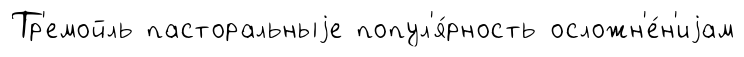
Тр'емойль пасторальныjе попул'я́рность осложн'е́н'иjам